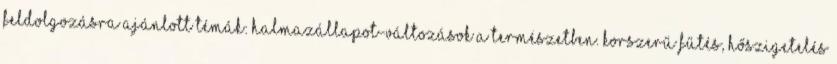
Feldolgozásra ajánlott témák: Halmazállapot-változások a természetben. Korszerű fűtés, hőszigetelés